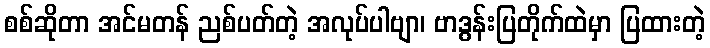
စစ်ဆိုတာ အင်မတန် ညစ်ပတ်တဲ့ အလုပ်ပါဗျာ၊ ဗာဒွန်းပြတိုက်ထဲမှာ ပြထားတဲ့